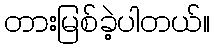
တားမြစ်ခဲ့ပါတယ်။